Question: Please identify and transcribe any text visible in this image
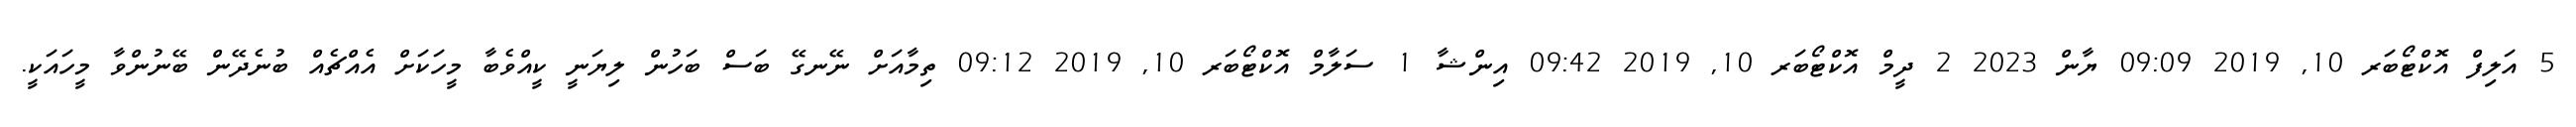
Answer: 5 އަލިފް އޮކްޓޯބަރ 10, 2019 09:09 ޔާން 2023 2 ދީމް އޮކްޓޯބަރ 10, 2019 09:42 އިންޝާ 1 ސަލާމް އޮކްޓޯބަރ 10, 2019 09:12 ތިމާއަށް ނޭނގޭ ބަސް ބަހުން ލިޔަނީ ކީއްވެބާ މީހަކަށް އެއްޗެއް ބުނެދޭން ބޭނުންވާ މީހައަކީ.